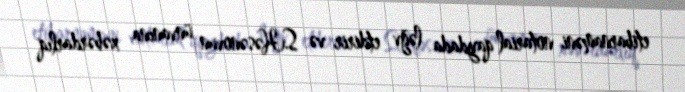
etibarnaməni notarial qaydada ləğv etdirir və S.Həsənovun ünvanına xəbərdarlıq